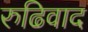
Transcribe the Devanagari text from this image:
रुढिवाद